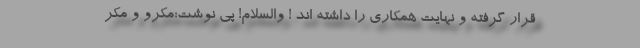
قرار گرفته و نهایت همکاری را داشته اند ! والسلام! پی نوشت:مکرو و مکر